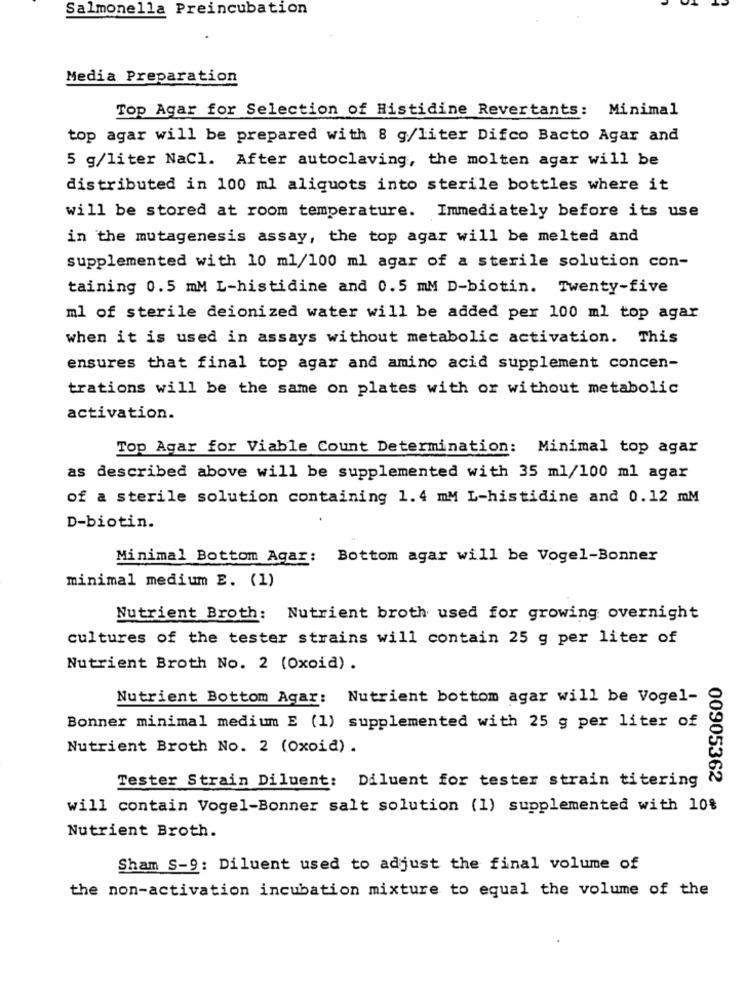
Salmonella Preincubation
Media Preparation
Top Agar for Selection of Histidine Revertants: Minimal
top agar will be prepared with 8 g/liter Difco Bacto Agar and
5 g/liter NaCl. After autoclaving, the molten agar will be
distributed in 100 ml aliquots into sterile bottles where it
will be stored at room temperature. Immediately before its use
in the mutagenesis assay, the top agar will be melted and
supplemented with 10 ml/100 ml agar of a sterile solution con-
taining 0.5 mM L-histidine and 0.5 mM D-biotin. Twenty-five
ml of sterile deionized water will be added per 100 ml top agar
when it is used in assays without metabolic activation. This
ensures that final top agar and amino acid supplement concen-
trations will be the same on plates with or without metabolic
activation.
Top Agar for Viable Count Determination: Minimal top agar
as described above will be supplemented with 35 ml/100 ml agar
of a sterile solution containing 1.4 mM L-histidine and 0.12 mM
D-biotin.
Minimal Bottom Agar: Bottom agar will be Vogel-Bonner
minimal medium E. (1)
Nutrient Broth: Nutrient broth used for growing overnight
cultures of the tester strains will contain 25 g per liter of
Nutrient Broth No. 2 (Oxoid) .
Nutrient Bottom Agar: Nutrient bottom agar will be Vogel-
Bonner minimal medium E (1) supplemented with 25 g per liter of
Nutrient Broth No. 2 (Oxoid) .
00905362
Tester Strain Diluent: Diluent for tester strain titering
will contain Vogel-Bonner salt solution (1) supplemented with 10%
Nutrient Broth.
Sham S-9: Diluent used to adjust the final volume of
the non-activation incubation mixture to equal the volume of the